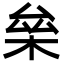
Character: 㕖